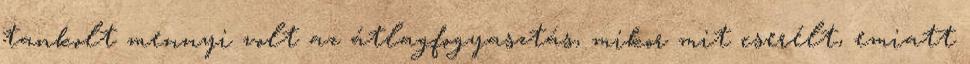
tankolt mennyi volt az átlagfogyasztás, mikor mit cserélt, emiatt